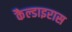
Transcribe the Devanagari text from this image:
कैल्डाइरास